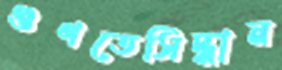
গুণতেসিদ্ধান